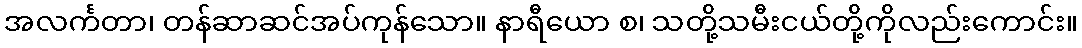
အလင်္ကတာ၊ တန်ဆာဆင်အပ်ကုန်သော။ နာရီယော စ၊ သတို့သမီးငယ်တို့ကိုလည်းကောင်း။